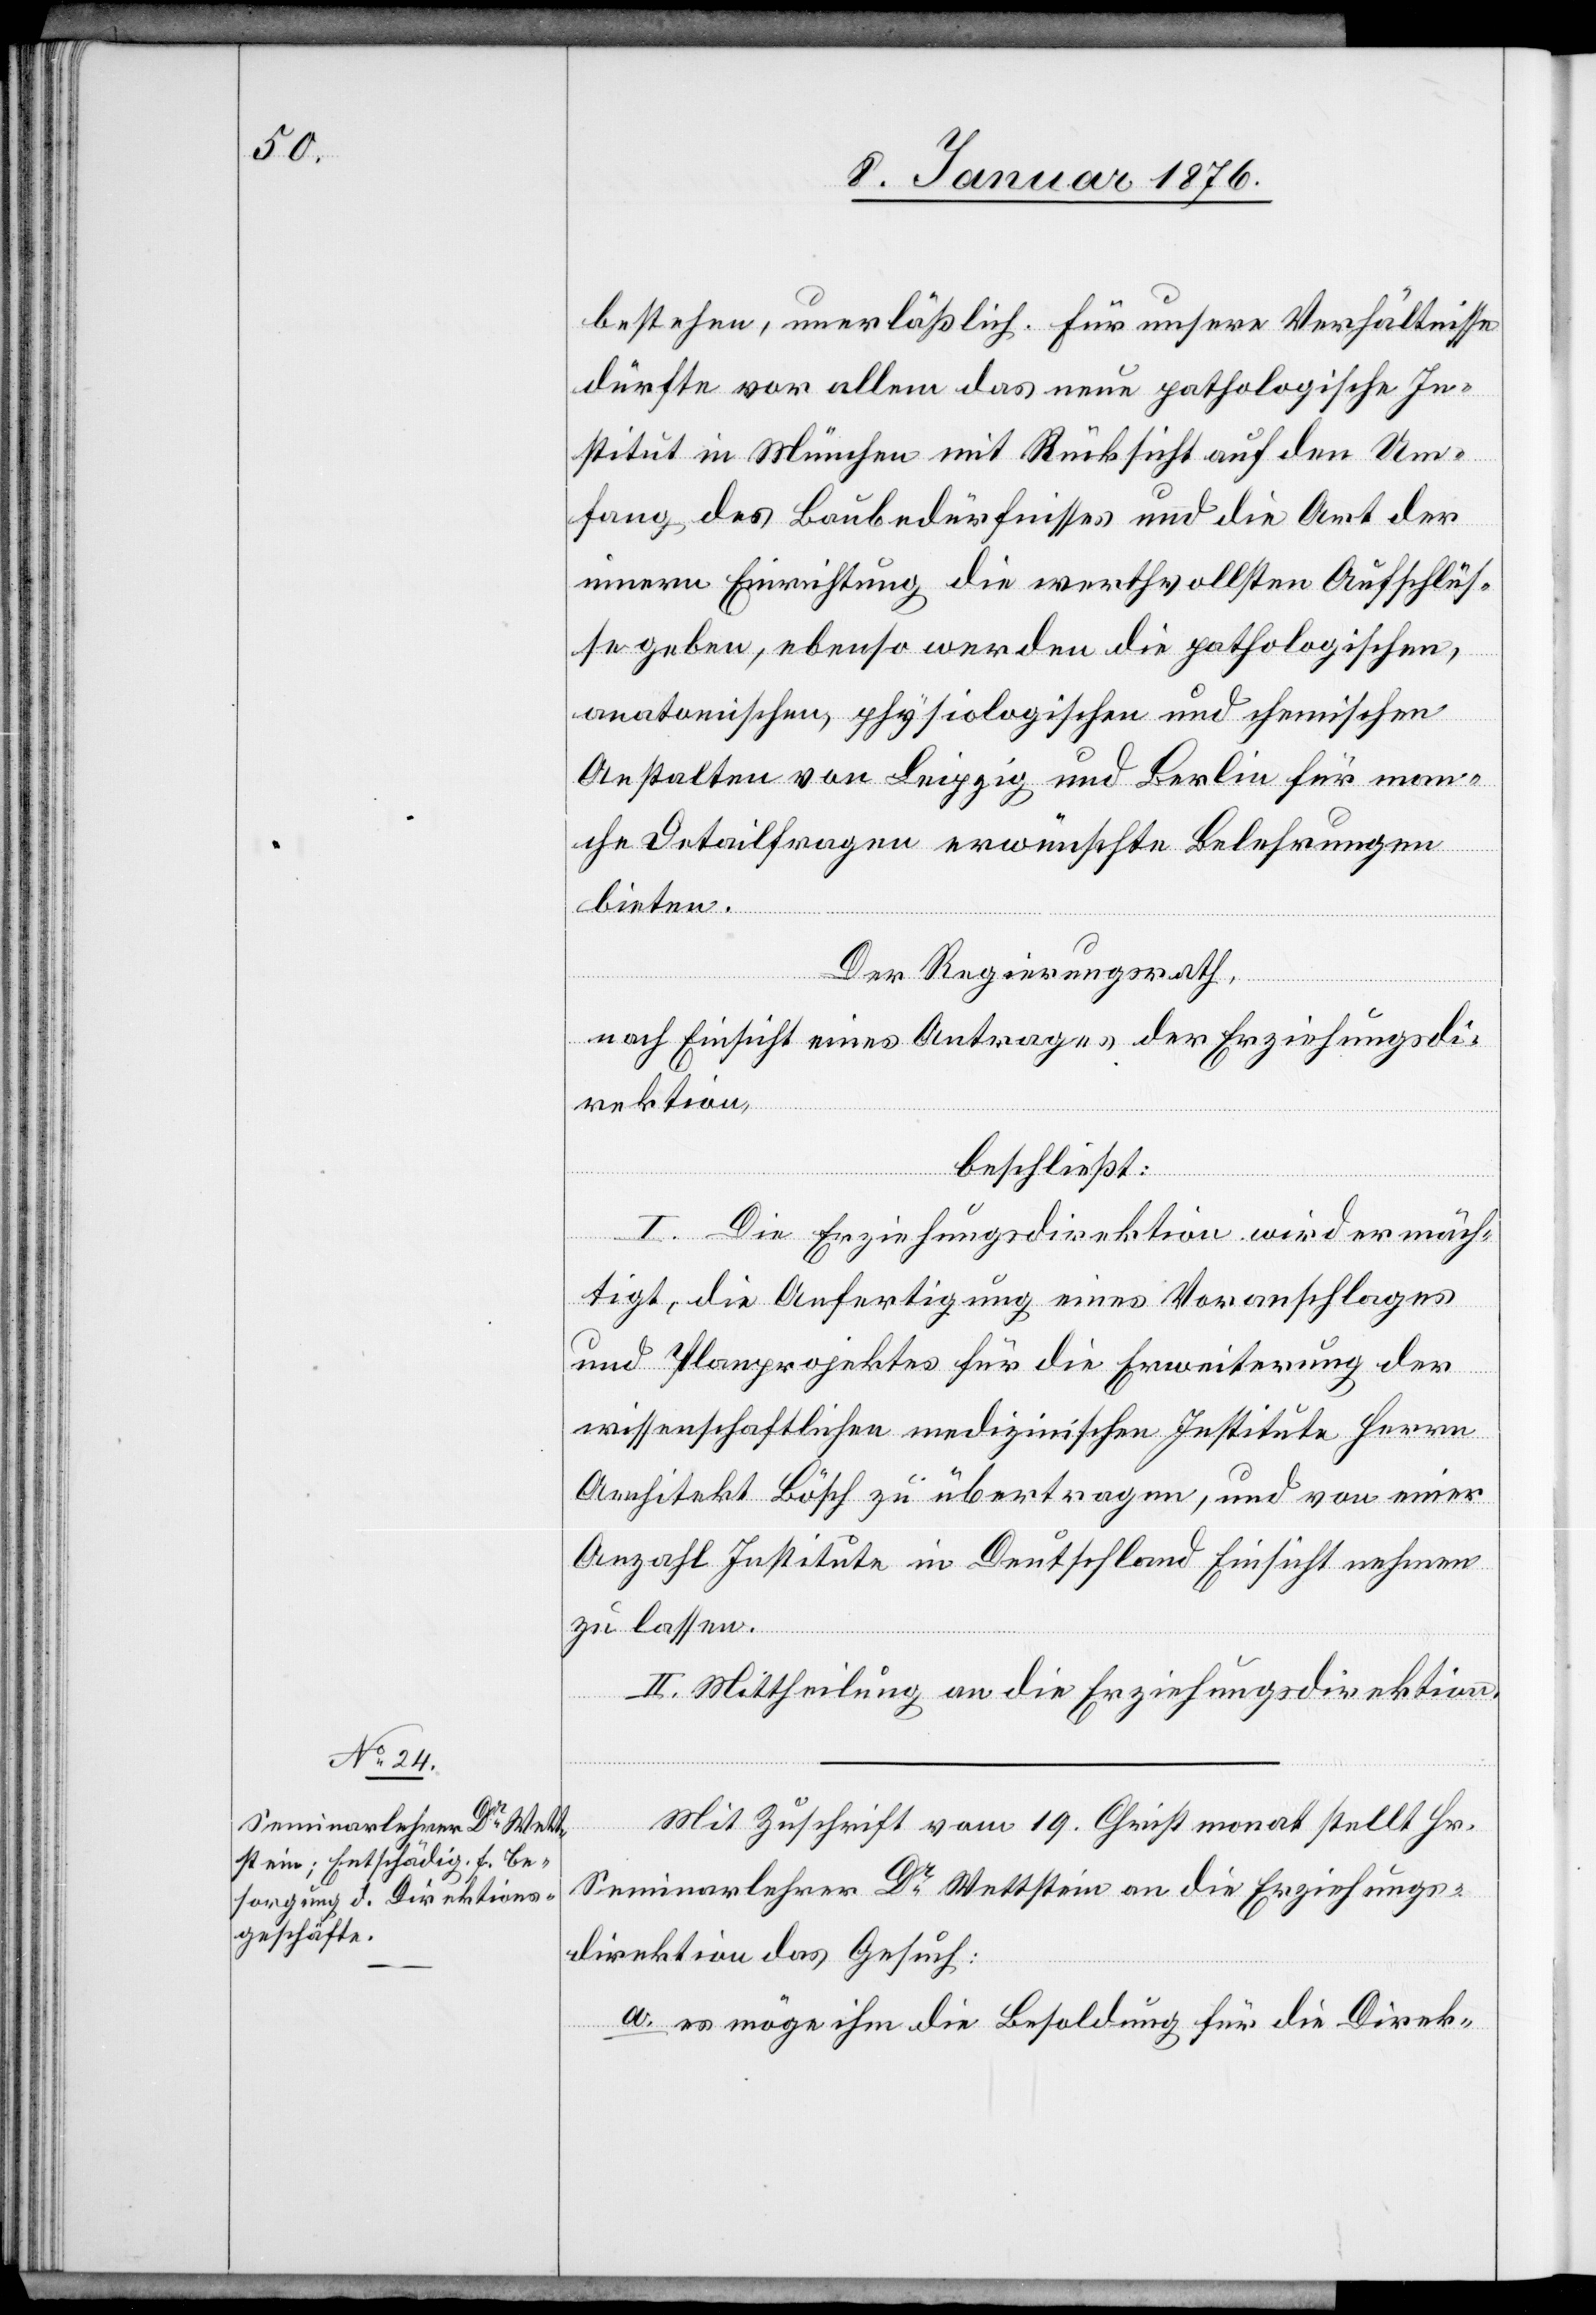
bestehen, unerläßlich. Für unsere Verhältnisse
dürfte vor allem das neue pathologische In¬
stitut in München mit Rücksicht auf den Um¬
fang des Baubedürfnisses und die Art der
innern Einrichtung die werthvollsten Aufschlüs¬
se geben, ebenso werden die pathologischen,
anatomischen, physiologischen und chemischen
Anstalten von Leipzig und Berlin für man¬
che Detailfragen erwünschte Belehrungen
bieten.
Der Regierungsrath,
nach Einsicht eines Antrages der Erziehungsdi¬
rektion,
beschließt:
I. Die Erziehungsdirektion wird ermäch¬
tigt, die Anfertigung eines Voranschlages
und Planprojektes für die Erweiterung der
wissenschaftlichen medizinischen Institute Herrn
Architekt Bösch zu übertragen, und von einer
Anzahl Institute in Deutschland Einsicht nehmen
zu lassen.
II. Mittheilung an die Erziehungsdirektion.
Mit Zuschrift vom 19. Christmonat stellt Hr.
Seminarlehrer Dr. Wettstein an die Erziehungs¬
direktion das Gesuch:
a. es möge ihm die Besoldung für die Direk-